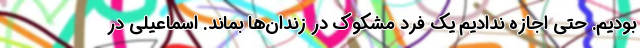
بودیم. حتی اجازه ندادیم یک فرد مشکوک در زندان‌ها بماند. اسماعیلی در